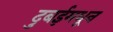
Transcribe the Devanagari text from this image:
दुबईमधून